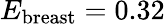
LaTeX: E_{\mathrm{breast}}=0.32